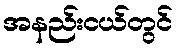
အနည်းငယ်တွင်